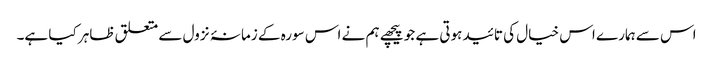
اس سے ہمارے اس خیال کی تائید ہوتی ہے جو پیچھے ہم نے اس سورہ کے زمانۂ نزول سے متعلق ظاہر کیا ہے۔